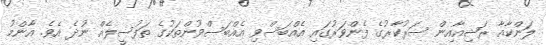
ލަންކާއާ ރަޝިއާއިން ސަރުކާރުގެ ފެންވަރުގައި އެއްބަސްވި އެއްބަސްވުންތަކުގެ ތަފުސީލެއް ނުދެ އެވެ. އާންމު